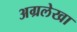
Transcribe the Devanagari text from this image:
अग्रलेखा